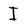
Character: I